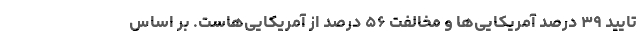
تایید ۳۹ درصد آمریکایی‌ها و مخالفت ۵۶ درصد از آمریکایی‌هاست. بر اساس